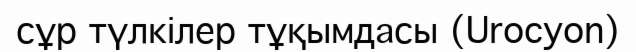
сұр түлкілер тұқымдасы (Urocyon)